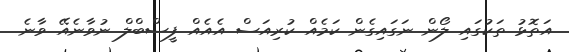
އަތޮޅު ތަކުގައި ލޯން ނަގައިގެން ކަމެއް ކުރިއަސް އެއެއް ފީސްބްލް ނުވާނެއޭ ވާނެ